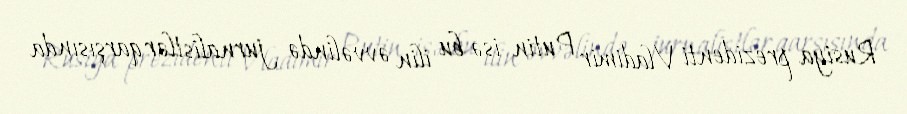
Rusiya prezidenti Vladimir Putin isə bu ilin əvvəlində jurnalistlər qarşısında